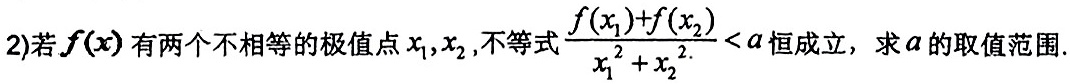
2)若$f(x)$有两个不相等的极值点$x_1,x_2$,不等式$\frac{f(x_1)+f(x_2)}{x_1^{2}+x_2^{2}}<a$恒成立，求$a$的取值范围.